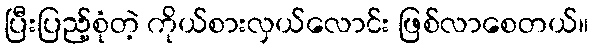
ပြီးပြည့်စုံတဲ့ ကိုယ်စားလှယ်လောင်း ဖြစ်လာစေတယ်။